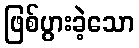
ဖြစ်ပွားခဲ့သော